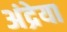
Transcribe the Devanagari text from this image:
अंद्रेया